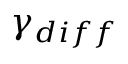
\gamma _ { d i f f }